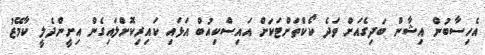
އެހިސާބުން އިޝާން ބަދިގެއަށް ވަދެ ކޯކްތަށްޓަކަށް އައިސްކިއުބް އަޅައި ކައިރިކޮށްލައިގެން އިށީންދެލީ ކާމޭޒު